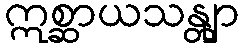
ဣစ္ဆာယသန္တျာ